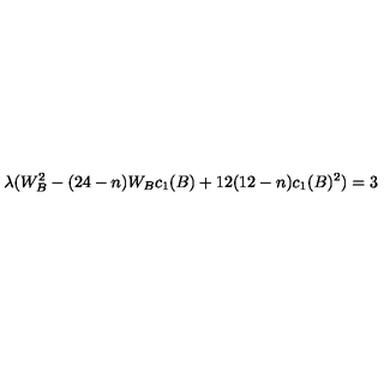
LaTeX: \lambda ( W _ { B } ^ { 2 } - ( 2 4 - n ) W _ { B } c _ { 1 } ( B ) + 1 2 ( 1 2 - n ) c _ { 1 } ( B ) ^ { 2 } ) = 3